Lock hospitals Punjab
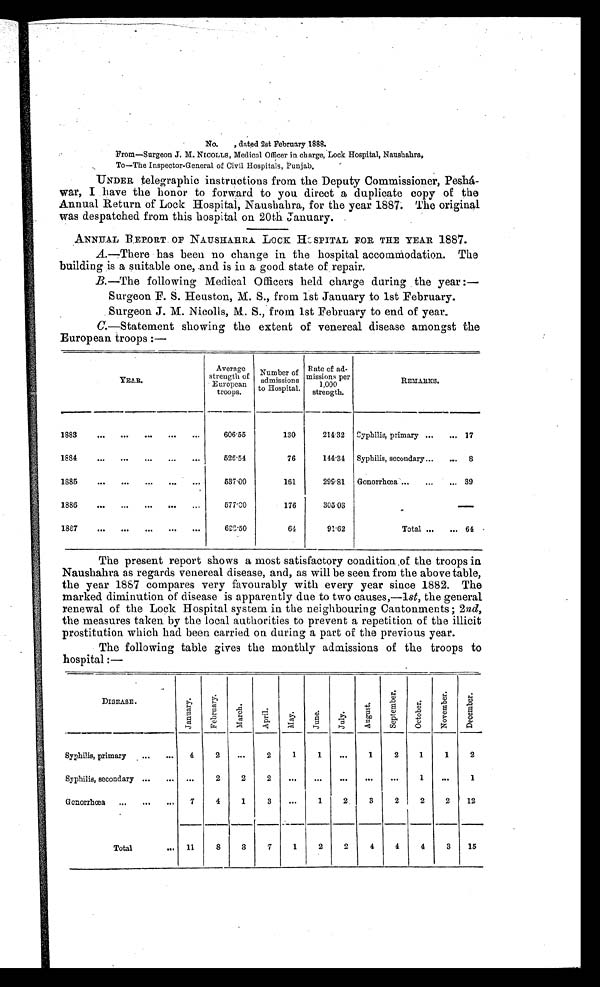
No.
, dated 2st February 1888.
From—Surgeon J. M. NICOLLS, Medical Officer in charge, Lock Hospital, Naushahra,
To—The Inspector-General of Civil Hospitals, Punjab.
UNDER telegraphic instructions from the Deputy Commissioner, Peshá-
war, I have the honor to forward to you direct a duplicate copy of the
Annual Return of Lock Hospital, Naushahra, for the year 1887. The original
was despatched from this hospital on 20th January.
ANNUAL REPORT OF NAUSHAHRA Lock HOSPITAL FOR THE YEAR 1887.
A.—There has been no change in the hospital accommodation. The
building is a suitable one, and is in a good state of repair.
B.—The following Medical Officers held charge during the year :—
Surgeon F. S. Heuston, M. S., from 1st January to 1st February
. Surgeon J. M. Nicolls, M. S., from 1st February to end of year.
C.—Statement showing the extent of venereal disease amongst the
European troops :—
YEAR.
Average
strength of
Europeant r o o p s .
Number of
admission s
to Hospital
Rate of ad-
missions per 1,000
strength
REMARKS.
1883
606.55
130
214.32
syphilis, primary ...
... 17
1 8 8 4
526.54
76
144.34 Syphilis, secondary ...
....
8
1 8 8 5
537 .00
161
299.81
Gonorrhœa ...
...
... 39
1 8 8 6
577.00
176
305 03
1 8 8 7
698.50
64
91.62
Total ...
... 64
The present report shows a most satisfactory condition of the troops in
Naushahra as regards venereal disease, and, as will be seen from the above table,
the year 1887 compares very favourably with every year since 1882. The
marked diminution of disease is apparently due to two causes,—1 st, the general
renewal of the Lock Hospital system in the neighbouring Cantonments; 2 nd,
the measures taken by the local authorities to prevent a repetition of the illicit
prostitution which had been carried on during a part of the previous year.
The following table gives the monthly admissions of the troops to
hospital :—
DISEASE.
J a n u a r y .
F e b r u a r y .
M a r c h .
A p r i l .
M a y .
J u n e .
J u l y .
A u g e s t .
S e p t e m b e r .
O c t o b e r .
N o v e m b e r .
D e c e m b e r .
Syphilis, primary
4
2
...
2
1
1
. . .
1
2
1
1
2
Syphilis, secondary
. . .
2
2
2
. . .
...
. . .
. . .
...
1
. . .
1
Gonorrhœa
7
4
1
3
. . .
1
2 3
2
2
2
12
Total... 11
8
3
7
1
2
2
4
4
4
3
15